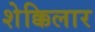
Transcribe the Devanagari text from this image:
शेक्किलार